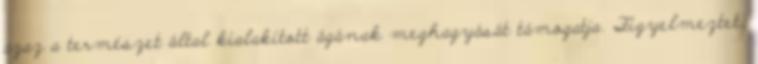
azaz a természet által kialakított ágának meghagyását támogatja. Figyelmeztet,